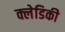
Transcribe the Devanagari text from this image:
क्लेडिकी